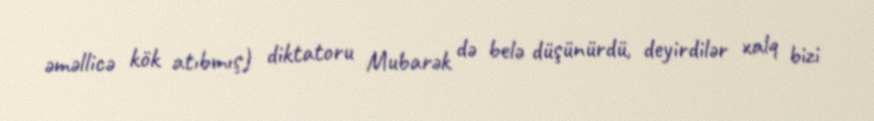
əməllicə kök atıbmış) diktatoru Mubarək də belə düşünürdü, deyirdilər xalq bizi